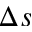
\Delta s